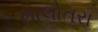
માલોતરા